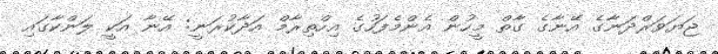
ޖަޔަވަރްދަނާގެ އޭނާގެ ގާތް މީހުން އެންމެފަހުގެ އިހްތިރާމް އަދާކުރަނީ: އޭނާ އަކީ ލަންކާގައި